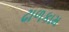
ઢાળકામ